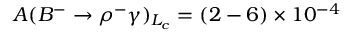
A ( B ^ { - } \to \rho ^ { - } \gamma ) _ { L _ { c } } = ( 2 - 6 ) \times 1 0 ^ { - 4 }